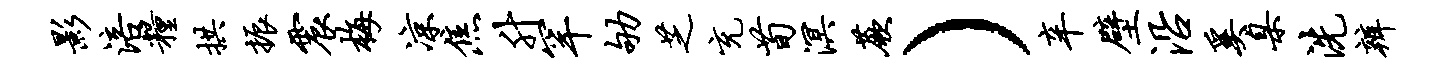
影涪粮拱振震梅凉焦升罕劬芝充荀溟蕨）辛壁沿奚臬洗辨